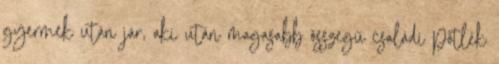
gyermek után jár, aki után magasabb összegű családi pótlék